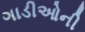
ગાડીઓની